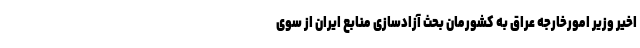
اخیر وزیر امورخارجه عراق به کشورمان بحث آزادسازی منابع ایران از سوی